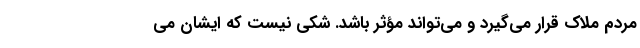
مردم ملاک قرار می‌گیرد و می‌تواند مؤثر باشد. شکی نیست که ایشان می